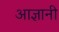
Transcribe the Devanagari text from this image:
आज्ञानी